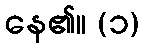
နေ၏။ (၁)